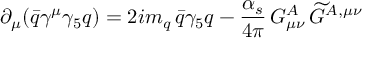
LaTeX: \partial _ { \mu } ( \bar { q } \gamma ^ { \mu } \gamma _ { 5 } q ) = 2 i m _ { q } \, \bar { q } \gamma _ { 5 } q - \frac { \alpha _ { s } } { 4 \pi } \, G _ { \mu \nu } ^ { A } \, \widetilde { G } ^ { A , \mu \nu }